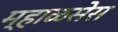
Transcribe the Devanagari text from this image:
म्हाळसेस